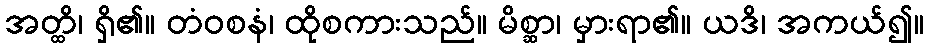
အတ္ထိ၊ ရှိ၏။ တံဝစနံ၊ ထိုစကားသည်။ မိစ္ဆာ၊ မှားရာ၏။ ယဒိ၊ အကယ်၍။